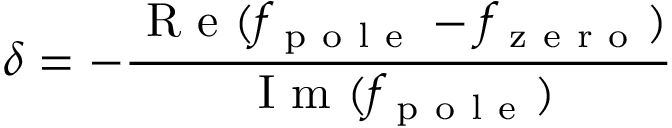
\delta = - \frac { \mathrm { ~ R ~ e ~ } ( f _ { \mathrm { ~ p ~ o ~ l ~ e ~ } } - f _ { \mathrm { ~ z ~ e ~ r ~ o ~ } } ) } { \mathrm { ~ I ~ m ~ } ( f _ { \mathrm { ~ p ~ o ~ l ~ e ~ } } ) }